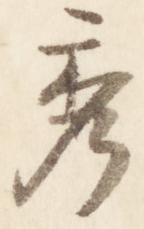
秀